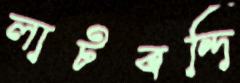
লাটবন্দি